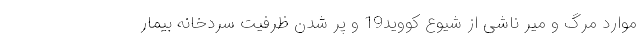
موارد مرگ و میر ناشی از شیوع کووید19 و پر شدن ظرفیت سردخانه بیمار